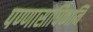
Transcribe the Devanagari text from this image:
पण्णासाधिकानि